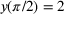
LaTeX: y ( \pi / 2 ) = 2